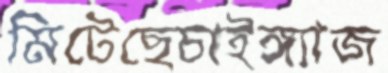
মিটেছেচাইঙ্গ্যাজ